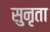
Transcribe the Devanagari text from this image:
सुनृता